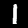
Digit: 1